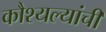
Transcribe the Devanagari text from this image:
कौश्यल्यांची